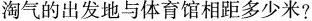
淘气的出发地与体育馆相距多少米?